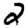
Digit: 2